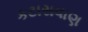
કટાસવાણ